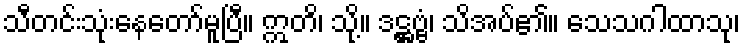
သီတင်းသုံးနေတော်မူပြီ။ ဣတိ၊ သို့။ ဒဋ္ဌဗ္ဗံ၊ သိအပ်၏။ သေသဂါထာသု၊